Annual report on the working of the Harcourt Butler Institute of Public Health, Rangoon
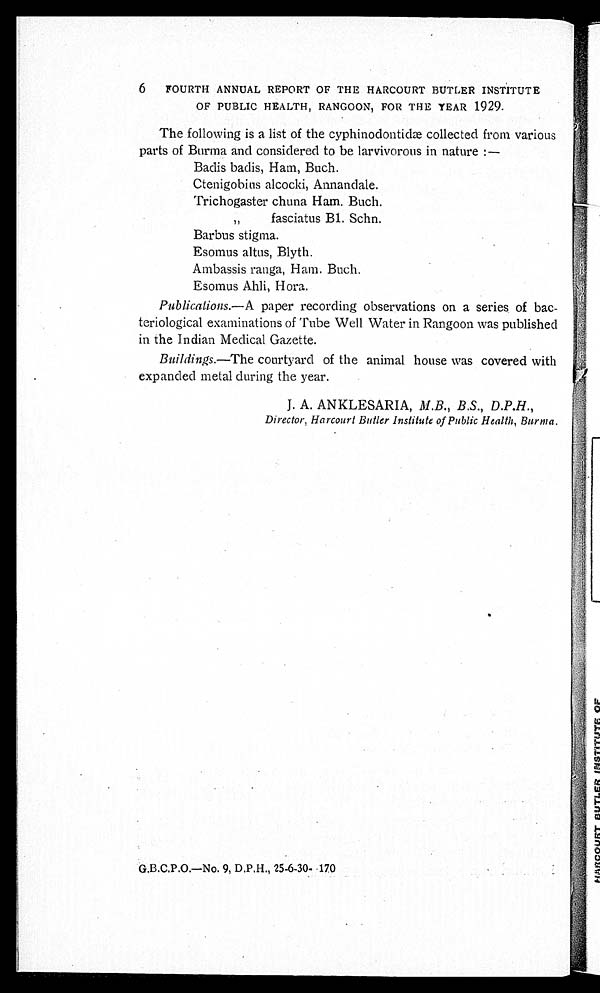
6 FOURTH ANNUAL REPORT OF THE HARCOURT BUTLER INSTITUTE
OF PUBLIC HEALTH, RANGOON, FOR THE YEAR 1929.
The following is a list of the cyphinodontidæ collected from various
parts of Burma and considered to be larvivorous in nature :
—
Badis badis, Ham, Buch.
Ctenigobius alcocki, Annandale.
Trichogaster chuna Ham. Buch.
„ f a s c i a t u s B 1 . S c h n .
Barbus stigma.
Esomus altus, Blyth.
Ambassis ranga, Ham. Buch.
Esomus Ahli, Hora.
Publications.—A paper recording observations on a series of bac
- t e r i o l o g i c a l e x a m i n a t i o n s o f T u b e W e l l W a t e r i n R a n g o o n w a s p u b l i s h e d
in the Indian Medical Gazette.
Buildings.—The courtyard of the animal house was covered with
expanded metal during the year.
J. A. ANKLESARIA, M.B., B .S., D .P.H.,
Director, Harcourt Butler Institute of Public Health, Burma.
G.B.C.P.O.—No. 9, D.P.H., 25-6-30- 170